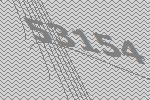
53154